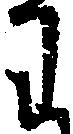
わ